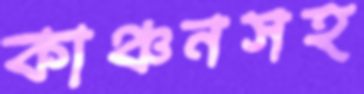
কাঞ্চনসহ